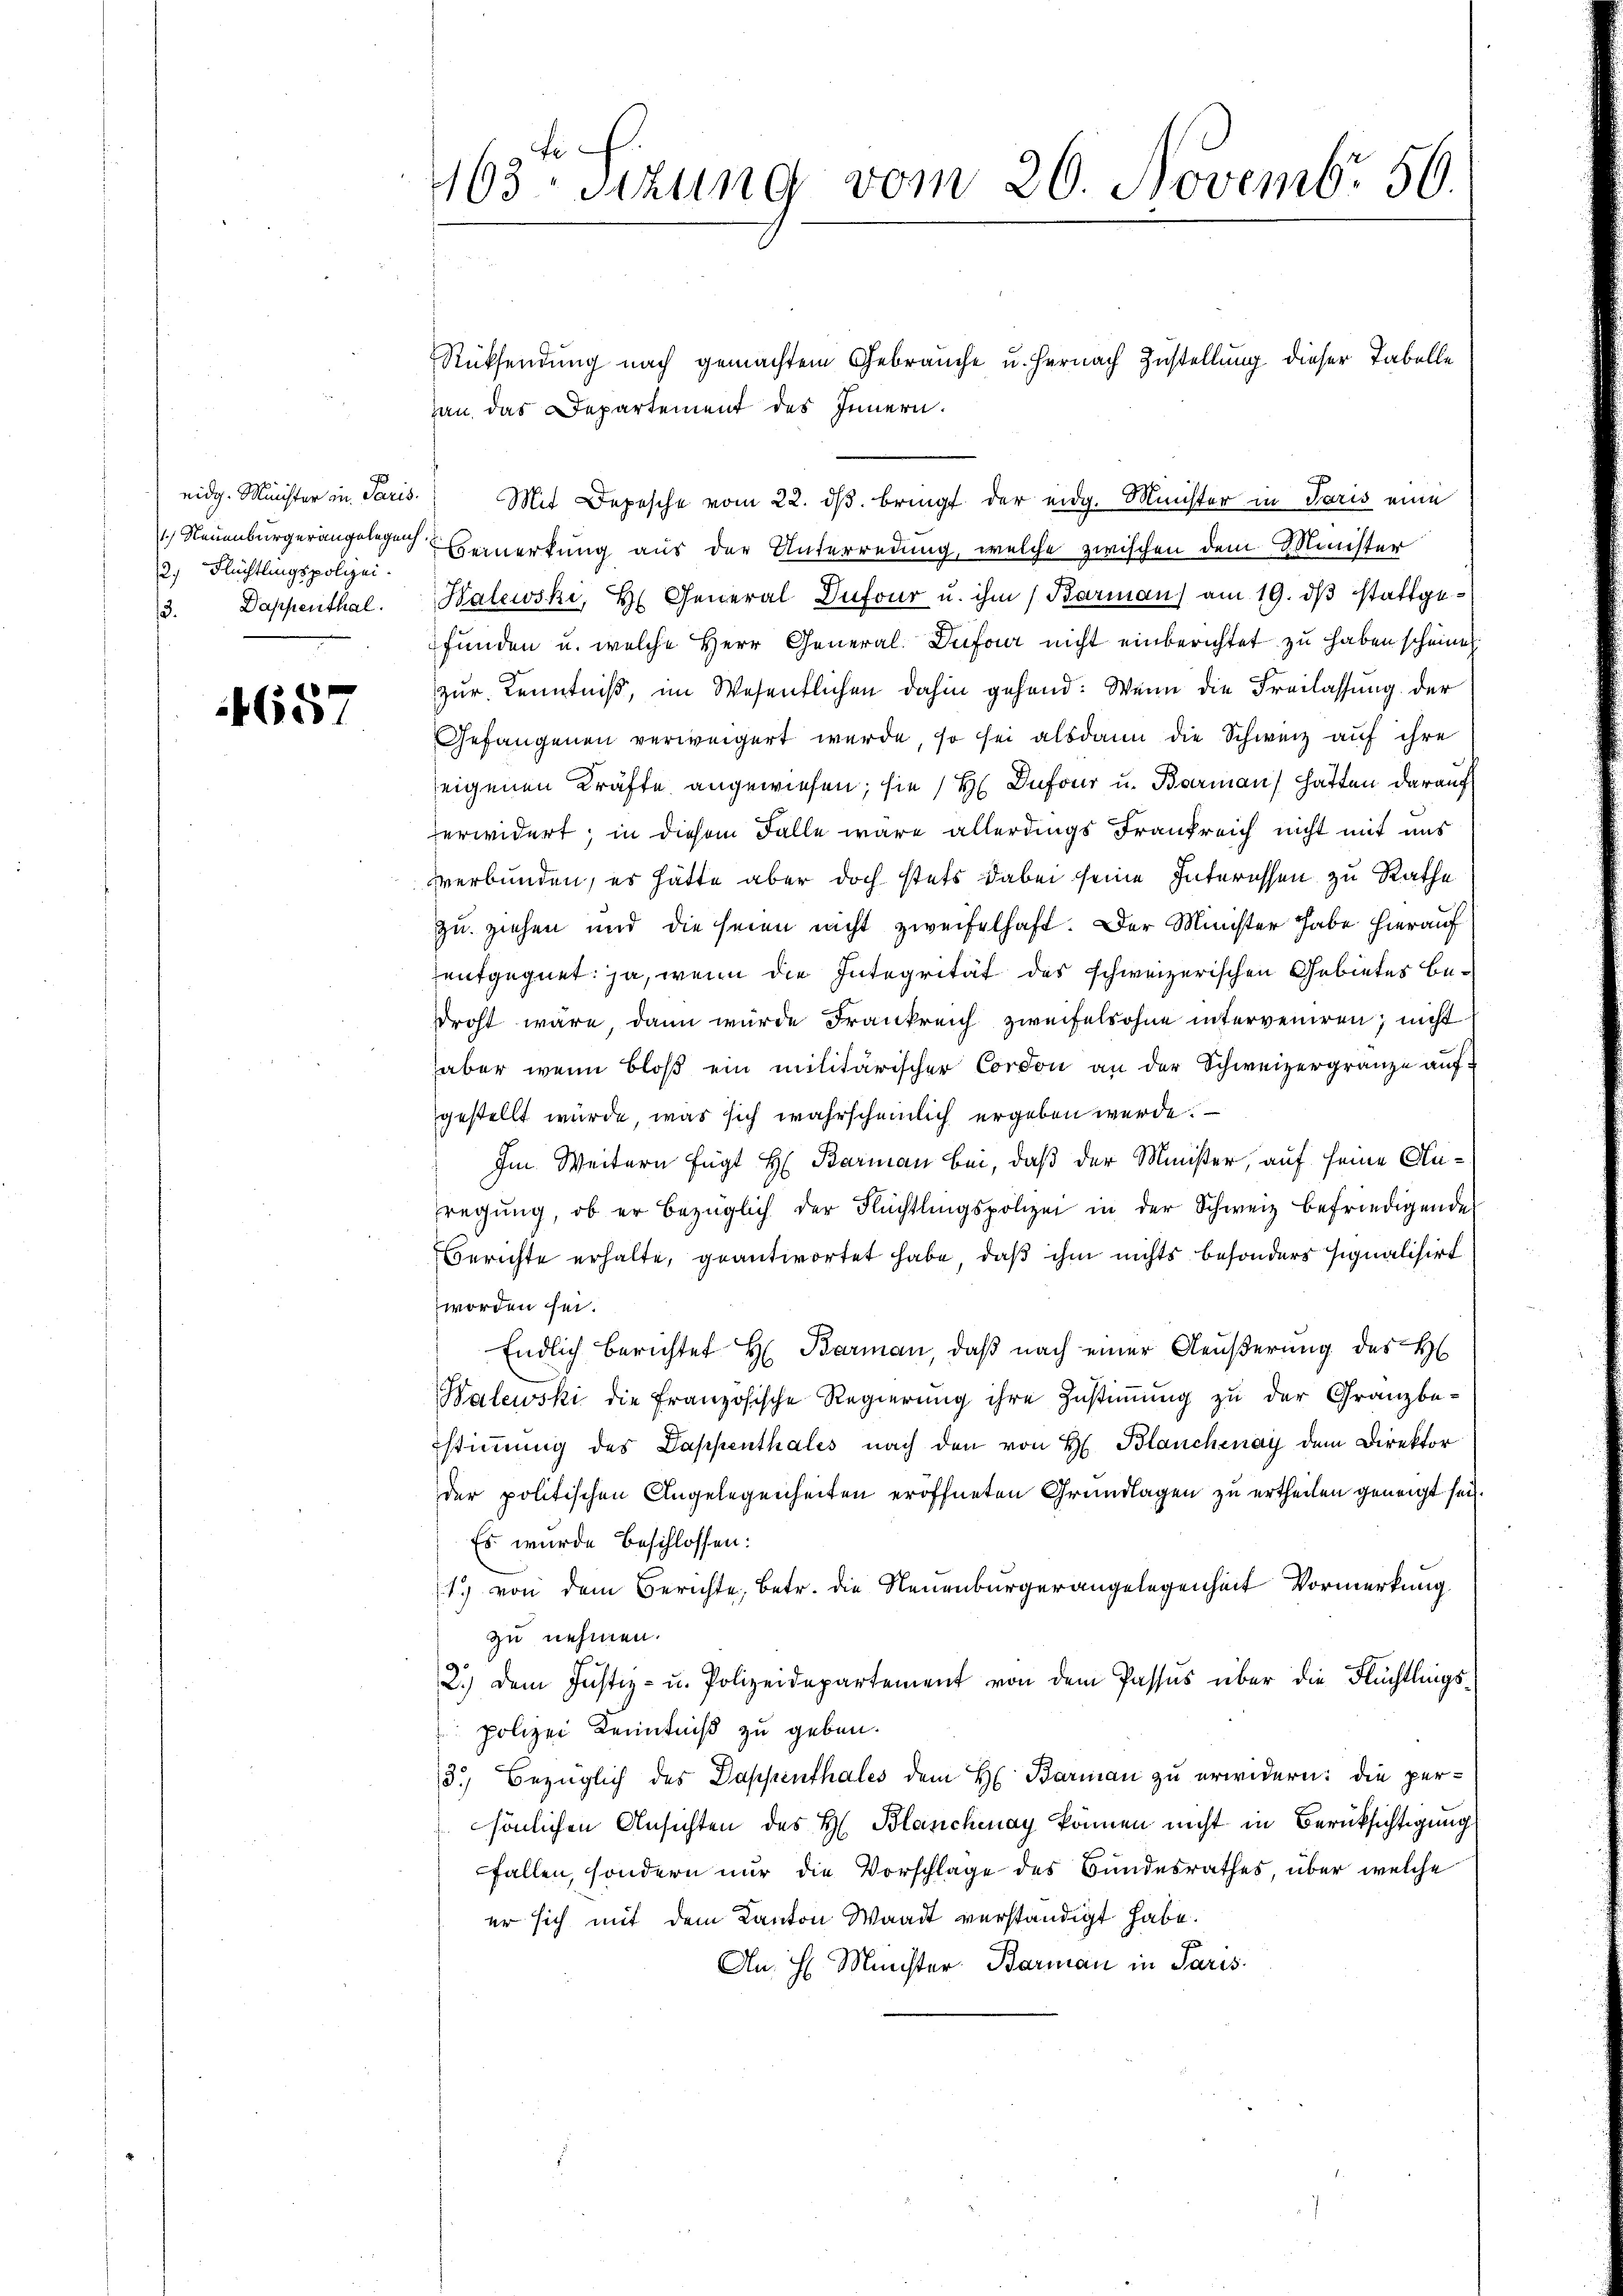
1) Neuenburgerangelegenh
2.) Flüchtlingspolizei.

4657

l
163sizung vom 20. Novembr 56.

Rücksendung nach gemachtem Gebrauche u. hernach Zustellung dieser Tabelle
hau das Departement des Innern.
eidg. Minister in Paris. Mit Depesche vom 22. dβ. bringt der eidg. Minister in Paris eine
Bemerkung aus der Unterredung, welche zwischen dem Minister
3. Dappenthal. Balewski, H. General Dufour u. ihm (Barmaṅ, am 19. dβ stattge-
funden u. welche Herr General- Dufour nicht einberichtet zu haben scheine
zur Kenntniß, im Wesentlichen dahin gehend: Wenn die Freilassung der
Gefangenen verweigert werde, so sei alsdann die Schweiz auf ihre
seigenen Kräfte angewiesen; sie / H Dufour u. Baarman hatten darauf
erwidert; in diesem Falle wäre allerdings Frankreich nicht mit uns
verbunden, es hätte aber doch stets dabei seine Interessen zu Rathe
zu ziehen und die seien nicht zweifelhaft. Der Minister habe hierauf
entgegnet, ja, wenn die Integrität des schweizerischen Gebietes bedroht wäre, dann wurde Frankreich zweifelsohne interveniren, nicht
aber wenn bloß ein militärischer Cordon an der Schweizergränze aufgestellt würde, was sich wahrscheinlich ergeben werde.
Im Weitern fügt H: Barman bei, daß der Minister, auf seine Auregŭng, ob er bezüglich der Flüchtlingspolizei in der Schweiz befriedigende
Berichte erhalte, geantwortet habe, daß ihm nichts besonders signalisirt
worden sei.
Endlich berichtet H: Barman, daß nach einer Aeußerung des H
Walewski die französische Regierung ihre Zustimmung zu der Gränz(...)
Estimmung des Dappenthales nach den von H. Blanchenay dem Direktor
der politischen Angelegenheiten eröffneten Grundlagen zu ertheilen geneigt sei.
Es wurde beschlossen:
1. von dem Berichte, betr. die Neuenburgerangelegenheit Vormerkung
zu nehmen.
2.) Dem Justiz- u. Polizeidepartement von dem Passus über die Flüchtlings-
polizei Kenntniß zu geben.
3.) Bezüglich des Dappenthales dem H. Barman zu erwidern: die persönlichen Ansichten des H. Blanchenay können nicht in Berücksichtigung
fallen, sondern nur die Vorschlage des Bundesrathes, über welche
er sich mit dem Kanton Waadt verständigt habe.
An H. Minister Barman in Paris